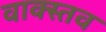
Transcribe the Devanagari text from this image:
वाक्स्तव